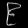
Digit: ၉